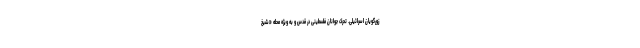
زورگویان اسرائیلی. تحرک جوانان فلسطینی در قدس و به ویژه محله «شیخ